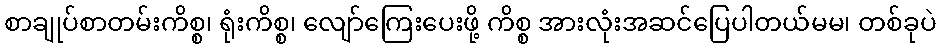
စာချုပ်စာတမ်းကိစ္စ၊ ရုံးကိစ္စ၊ လျော်ကြေးပေးဖို့ ကိစ္စ အားလုံးအဆင်ပြေပါတယ်မမ၊ တစ်ခုပဲ